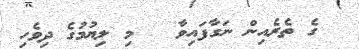
ގެ ތެރެއިން ނަގާފައިވާ   މި ލިޔުމުގެ ދިވެހި